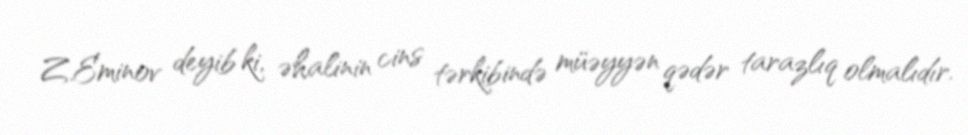
Z.Eminov deyib ki, əhalinin cins tərkibində müəyyən qədər tarazlıq olmalıdır.